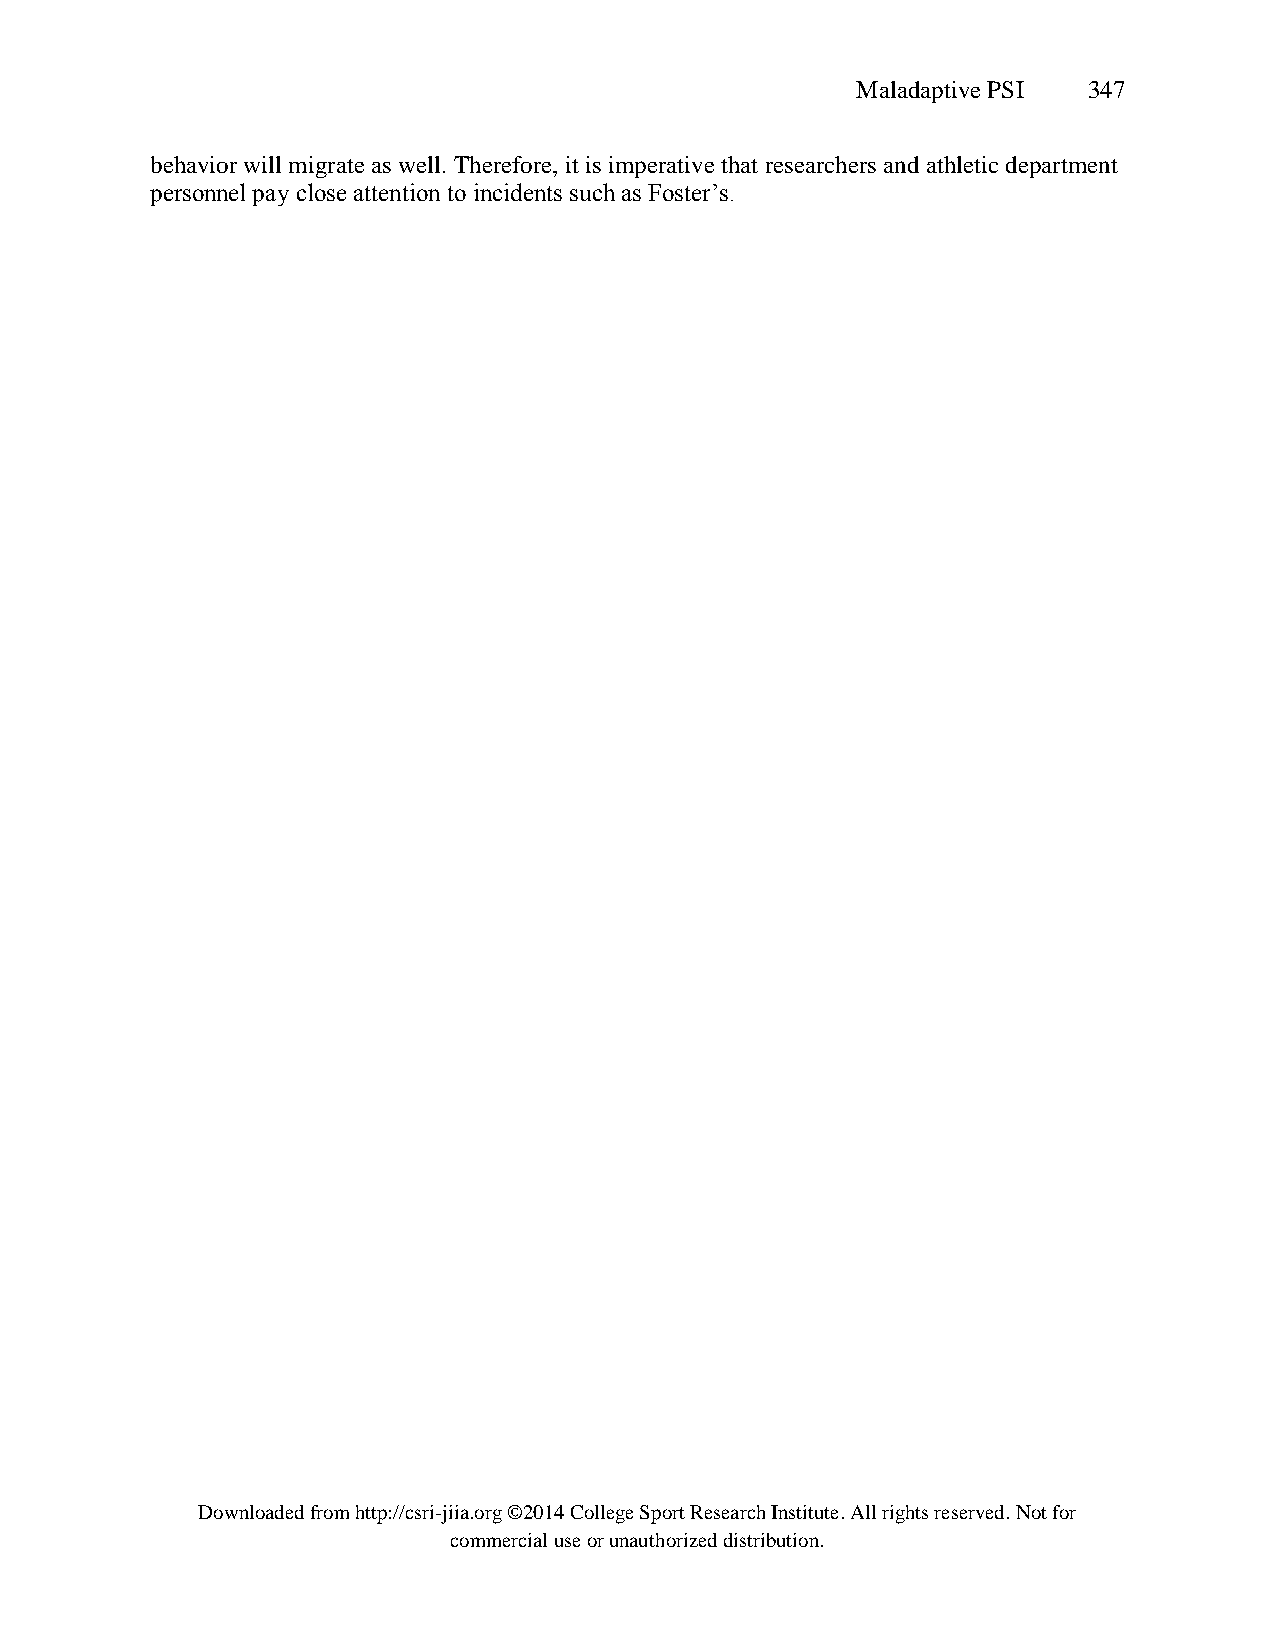
Maladaptive PSI 347
 behavior will migrate as well. Therefore, it is imperative that researchers and athletic department
 personnel pay close attention to incidents such as Foster’s.
 Downloaded from http://csri-jiia.org ©2014 College Sport Research Institute. All rights reserved. Not for
 commercial use or unauthorized distribution.